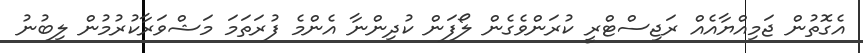
އެގޮތުން ޖަމިއްޔާއެއް ރަޖިސްޓްރީ ކުރަންވެގެން ލޯފަން ކުދިންނާ އެންމެ ފުރަތަމަ މަޝްވަރާކުރުމުން ލިބުނު